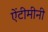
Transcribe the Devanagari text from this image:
ऐंटीमीनी